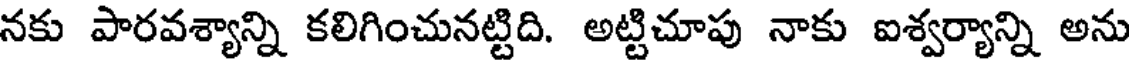
నకు పారవశ్యాన్ని కలిగించునట్టిది. అట్టిచూపు నాకు ఐశ్వర్యాన్ని అను